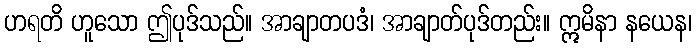
ဟရတိ ဟူသော ဤပုဒ်သည်။ အာချာတပဒံ၊ အာချာတ်ပုဒ်တည်း။ ဣမိနာ နယေန၊